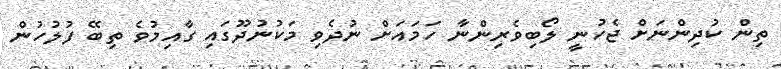
ތިން ކުދިންނަށް ޖެހުނީ ލޯބިވެރިންނާ ހަމައަށް ނުދެވި މަކުނުދޫގައި ގާއިމުވެ ތިބޭ ފުލުހުން